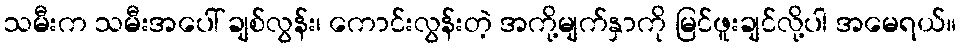
သမီးက သမီးအပေါ် ချစ်လွန်း၊ ကောင်းလွန်းတဲ့ အကို့မျက်နှာကို မြင်ဖူးချင်လို့ပါ အမေရယ်။